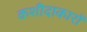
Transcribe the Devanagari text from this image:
कशीदाकारों